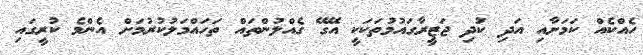
ހެއްކެއް ކަމަށާއި އަދި ކުދި ޖަޒީރާގައުމުތަކަކީ އޭގޭ ގެއްލުންތައް ތަހައްމަލުކުރުމަށް އެންމެ ކުރީގައި